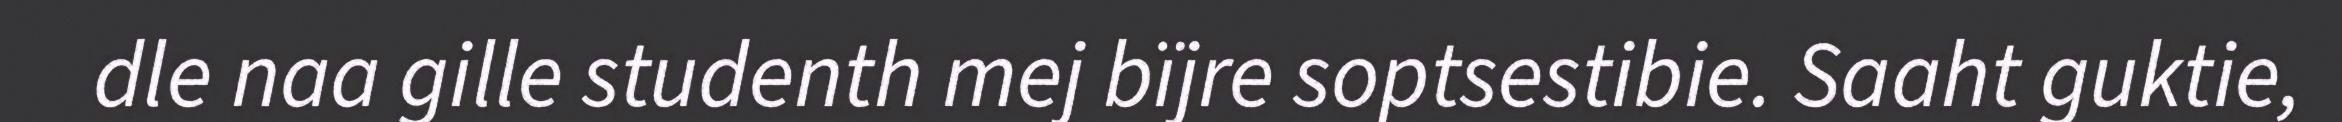
dle naa gille studenth mej bïjre soptsestibie. Saaht guktie,